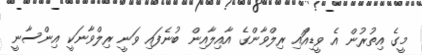
މީގެ އިތުރުން އެ ވީޑިއޯައި ރިލްވާންގެ އާއިލާއިން ބުނެފައި ވަނީ ރިލްވާނަކީ އިންސާނީ